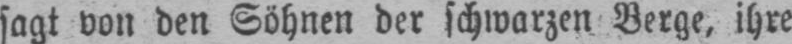
sagt von den Söhnen der schwarzen Berge, ihre